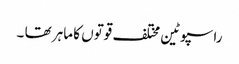
راسپوٹین مختلف قوتوں کا ماہر تھا ۔